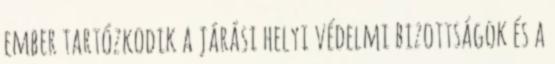
ember tartózkodik a járási helyi védelmi bizottságok és a